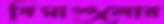
বিমাগুলোর